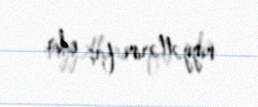
niyyətlərini faş edir.